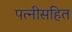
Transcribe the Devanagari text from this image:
पत्नीसहित